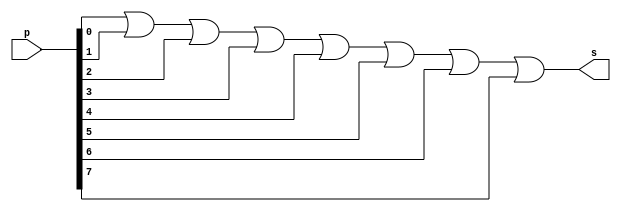
//--------------------------------------
//Exercicio0012 - OR com 1 byte
//Nome: Mateus Guilherme do Carmo Cruz
//Matrcula: 427446
//---------------------------------------


//------------------
//-- or gate
//------------------

module orgate(output s,input [7:0]p);
	assign s = p[0]|p[1]|p[2]|p[3]|p[4]|p[5]|p[6]|p[7];
endmodule //orgate

//--------------------
//-- test or gate
//--------------------

module testorgate;
	//------------ definir dados
	reg [7:0]a;	//definir registradores
	wire s;	//conexo(fio)
	
	//------------------- instancia
	orgate OR1(s,a);
	
	//-------------------preparacao
	initial begin:start
		a=8'b00000000;
	end
	
	//-------------------parte principal
	initial begin
		$display("Exercicio0012 - Mateus Guilherme do Carmo Cruz - 427446");
		$display("Test OR gate com 1 byte");
		$display("\nabcedfgh = s\n");
		$monitor("%8b = %b",a,s);
		#1 a=8'b00000001;
		#1 a=8'b00000010;
		#1 a=8'b00000100;
		#1 a=8'b00001000;
		#1 a=8'b00010000;
		#1 a=8'b00100000;
		#1 a=8'b01000000;
		#1 a=8'b10000000;
		#1 a=8'b00000011;
		#1 a=8'b00000110;
		#1 a=8'b00001100;
		#1 a=8'b00011000;
		#1 a=8'b00110000;
		#1 a=8'b01100000;
		#1 a=8'b11000000;
		#1 a=8'b00000101;
		#1 a=8'b00001010;
		#1 a=8'b00010100;
		#1 a=8'b00101000;
		#1 a=8'b01010000;
		#1 a=8'b10100000;
		#1 a=8'b00001001;
		#1 a=8'b00010010;
		#1 a=8'b00100100;
		#1 a=8'b01001000;
		#1 a=8'b10010000;
		#1 a=8'b00010001;
		#1 a=8'b00100010;
		#1 a=8'b01000100;
		#1 a=8'b10001000;
		#1 a=8'b00100001;
		#1 a=8'b01000010;
		#1 a=8'b10000100;
		#1 a=8'b01000001;
		#1 a=8'b10000010;
		#1 a=8'b10000001;
		#1 a=8'b11111111;
	end

endmodule//testnorgate